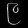
Digit: ၉